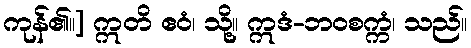
ကုန်၏။] ဣတိ ဧဝံ၊ သို့။ ဣဒံ-ဘဝစက္ကံ၊ သည်။